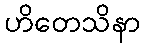
ဟိတေသိနာ